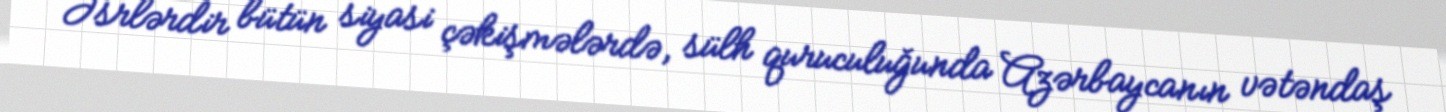
Əsrlərdir bütün siyasi çəkişmələrdə, sülh quruculuğunda Azərbaycanın vətəndaş